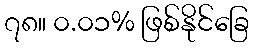
၇၈။ ၀.၀၁% ဖြစ်နိုင်ခြေ